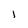
Character: I